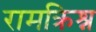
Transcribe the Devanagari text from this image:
रामक्रिश्न